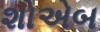
શોએબ